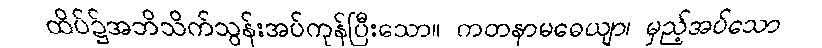
ထိပ်၌အဘိသိက်သွန်းအပ်ကုန်ပြီးသော။ ကတနာမဓေယျာ၊ မှည့်အပ်သော